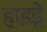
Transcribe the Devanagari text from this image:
हाइड्रे